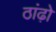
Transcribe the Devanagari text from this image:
ठांढ़ो